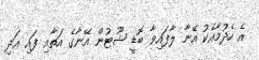
އެ ހެދުމާއެކު އޭނާ ލާފައިވާ ބޮޑީ ޝޫޓުން އޭނާގެ އަތާއި ފައި އަދި